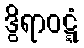
ဒွိရာဝဋ္ဋံ